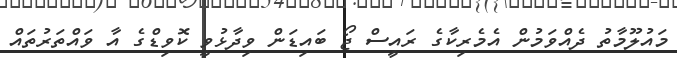
މައުލޫމާތު ދެއްވަމުން އެމެރިކާގެ ރައީސް ޖޯ ބައިޑަން ވިދާޅުވީ ކޮވިޑްގެ އާ ވައްތަރުތައް